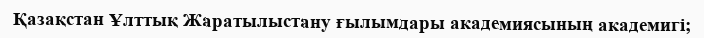
Қазақстан Ұлттық Жаратылыстану ғылымдары академиясының академигі;